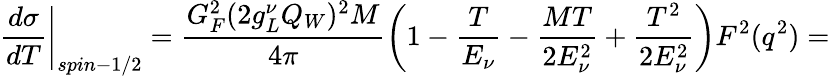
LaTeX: \left.\frac{d\sigma}{dT}\right\vert_{spin-1/2}=\frac{G_{F}^{2}(2g_{L}^{\nu}Q_{W})^{2}M}{4\pi}\left(1-\frac{T}{E_{\nu}}-\frac{MT}{2E_{\nu}^{2}}+\frac{T^{2}}{2E_{\nu}^{2}}\right)F^{2}(q^{2})=